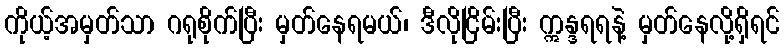
ကိုယ့်အမှတ်သာ ဂရုစိုက်ပြီး မှတ်နေရမယ်၊ ဒီလိုငြိမ်းပြီး ဣန္ဒရရနဲ့ မှတ်နေလို့ရှိရင်